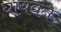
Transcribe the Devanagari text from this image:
घायवन